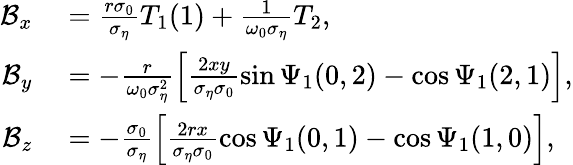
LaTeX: \begin{array}{rl}{\mathcal{B}_{x}}&{{}=\frac{r\sigma_{0}}{\sigma_{\eta}}T_{1}(1)+\frac{1}{\omega_{0}\sigma_{\eta}}T_{2},}\\ {\mathcal{B}_{y}}&{{}=-\frac{r}{\omega_{0}\sigma_{\eta}^{2}}\left[\frac{2xy}{\sigma_{\eta}\sigma_{0}}\sin\Psi_{1}(0,2)-\cos\Psi_{1}(2,1)\right],}\\ {\mathcal{B}_{z}}&{{}=-\frac{\sigma_{0}}{\sigma_{\eta}}\left[\frac{2rx}{\sigma_{\eta}\sigma_{0}}\cos\Psi_{1}(0,1)-\cos\Psi_{1}(1,0)\right],}\end{array}